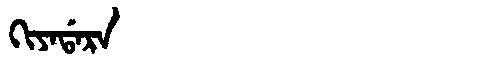
Manchu: ᡴᡳᠶᠠᡩᠠᡵᠠ
Romanization: KIYADARA